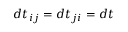
d t _ { i j } = d t _ { j i } = d t